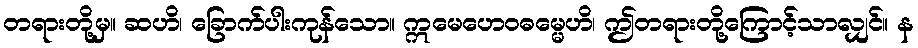
တရားတို့မှ။ ဆဟိ၊ ခြောက်ပါးကုန်သော။ ဣမေဟေဝဓမ္မေဟိ၊ ဤတရားတို့ကြောင့်သာလျှင်။ န